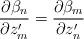
LaTeX: \begin{align*}\frac{\partial\beta_n }{\partial z'_m} = \frac{\partial\beta_m }{\partial z'_n}\end{align*}